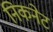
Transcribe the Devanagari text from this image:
निकनेट